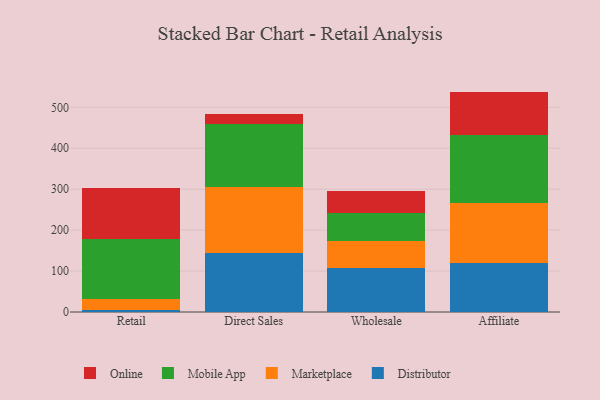
{"axis": {"x": "Channel", "y": "Demand Index"}, "legend": ["Distributor", "Marketplace", "Mobile App", "Online"], "data": [{"x": "Retail", "y": 5.3, "type": "Distributor"}, {"x": "Retail", "y": 27.3, "type": "Marketplace"}, {"x": "Retail", "y": 146.3, "type": "Mobile App"}, {"x": "Retail", "y": 125.0, "type": "Online"}, {"x": "Direct Sales", "y": 143.3, "type": "Distributor"}, {"x": "Direct Sales", "y": 161.0, "type": "Marketplace"}, {"x": "Direct Sales", "y": 154.2, "type": "Mobile App"}, {"x": "Direct Sales", "y": 24.2, "type": "Online"}, {"x": "Wholesale", "y": 107.7, "type": "Distributor"}, {"x": "Wholesale", "y": 66.7, "type": "Marketplace"}, {"x": "Wholesale", "y": 68.3, "type": "Mobile App"}, {"x": "Wholesale", "y": 53.7, "type": "Online"}, {"x": "Affiliate", "y": 120.8, "type": "Distributor"}, {"x": "Affiliate", "y": 146.5, "type": "Marketplace"}, {"x": "Affiliate", "y": 165.2, "type": "Mobile App"}, {"x": "Affiliate", "y": 105.9, "type": "Online"}]}